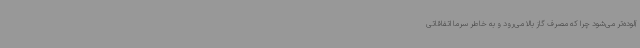
آلوده‌تر می‌شود چرا که مصرف گاز بالا می‌رود و به خاطر سرما اتفاقاتی